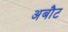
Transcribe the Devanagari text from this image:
अबौट